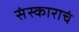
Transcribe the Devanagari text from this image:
संस्काराचं